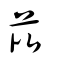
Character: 芘